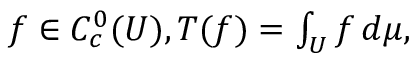
f \in C _ { c } ^ { 0 } ( U ) , T ( f ) = \textstyle \int _ { U } f \, d \mu ,